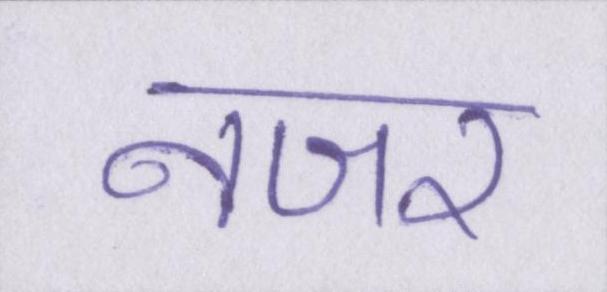
नजर